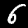
Label: 6